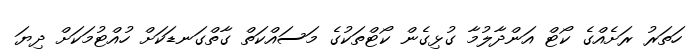
ހަތަރު ރަށެއްގެ ކޯޓް އަންދާލުމާ ގުޅިގެން ކޯޓްތަކުގެ މަސައްކަތް ގާތްގަނޑަކަށް ހުއްޓުމަކަށް ދިޔަ